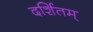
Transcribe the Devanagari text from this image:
दर्शितम्